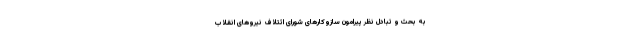
به بحث و تبادل نظر پیرامون سازوکارهای شورای ائتلاف نیروهای انقلاب